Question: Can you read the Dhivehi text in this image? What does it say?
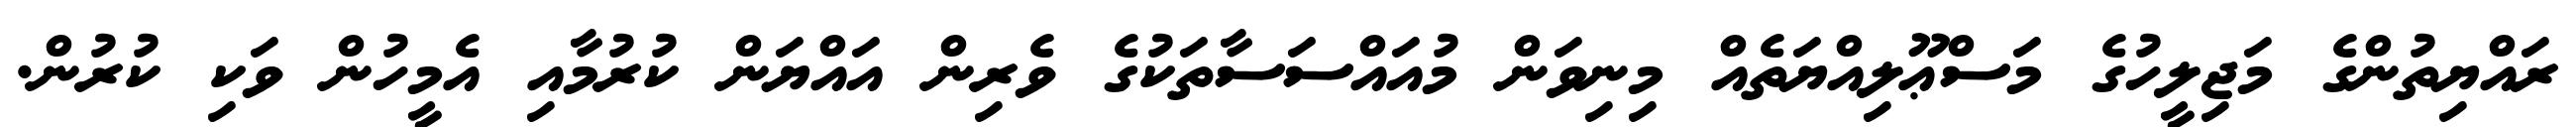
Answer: ރައްޔިތުންގެ މަޖިލީހުގެ މަސްޢޫލިއްޔަތެއް މިނިވަން މުއައްސަސާތަކުގެ ވެރިން އައްޔަން ކުރުމާއި އެމީހުން ވަކި ކުރުން.